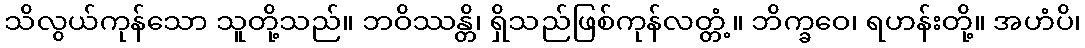
သိလွယ်ကုန်သော သူတို့သည်။ ဘဝိဿန္တိ၊ ရှိသည်ဖြစ်ကုန်လတ္တံ့။ ဘိက္ခဝေ၊ ရဟန်းတို့။ အဟံပိ၊